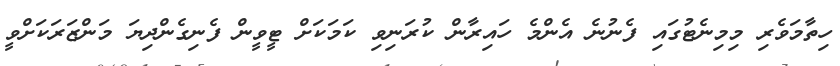
ހިތާމަވެރި މިމިނެޓުގައި ފެނުނެ އެންމެ ހައިރާން ކުރަނިވި ކަމަކަށް ޓީވީން ފެނިގެންދިޔަ މަންޒަރަކަށްވީ